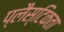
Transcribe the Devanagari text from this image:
प्लैस्टिकता